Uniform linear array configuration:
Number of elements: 32
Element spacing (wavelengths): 1
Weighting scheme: binomial
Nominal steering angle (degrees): -30
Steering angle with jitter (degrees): -28.036
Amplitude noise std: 0.05
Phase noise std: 0.05

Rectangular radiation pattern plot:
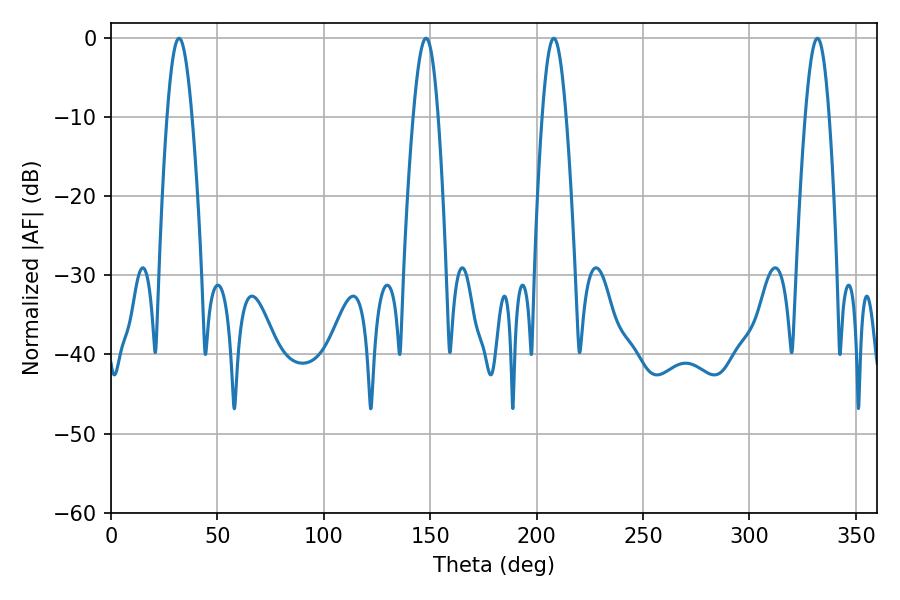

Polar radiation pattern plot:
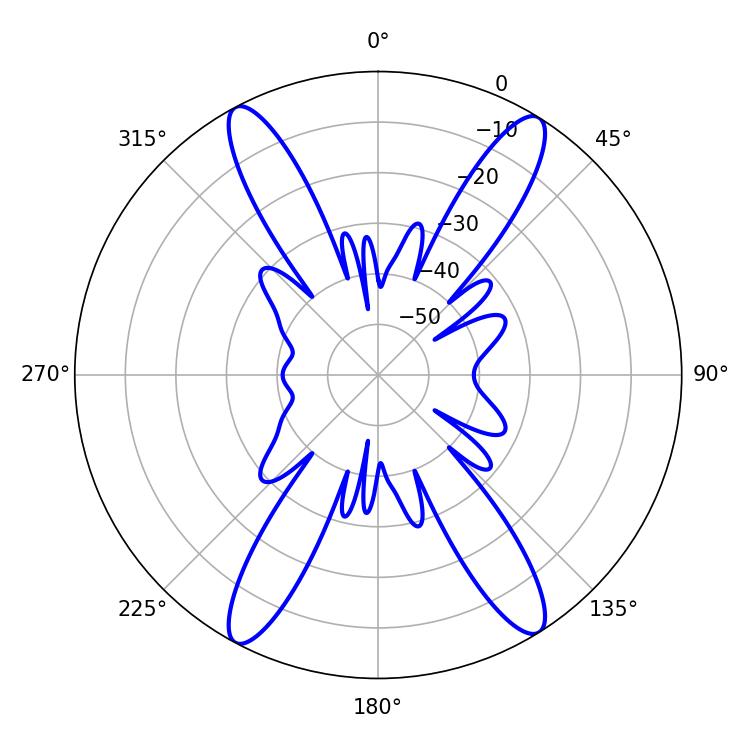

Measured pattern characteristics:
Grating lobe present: TRUE
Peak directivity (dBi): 20.27
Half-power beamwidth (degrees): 6.12
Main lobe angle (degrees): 208.08